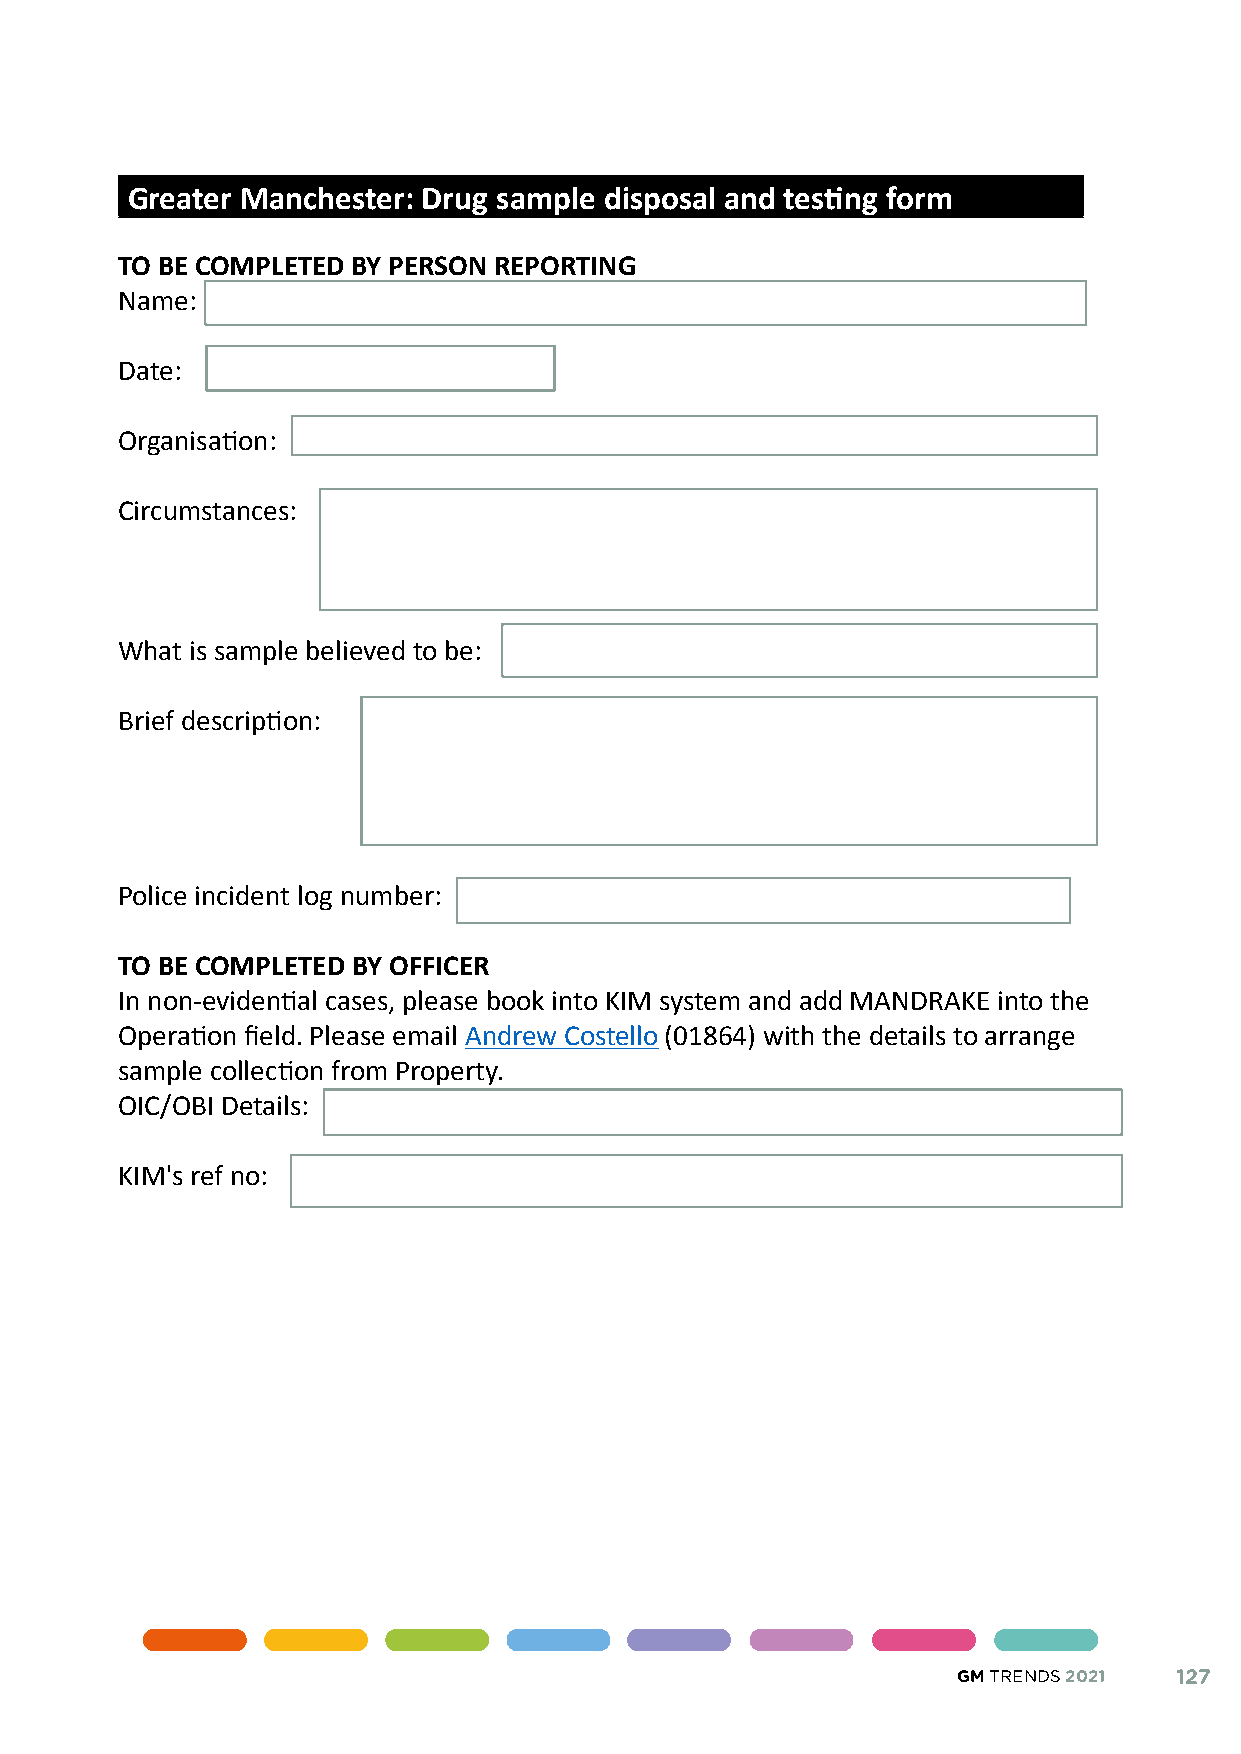
Greater Manchester: Drug sample disposal and testing form
 TO BE COMPLETED BY PERSON REPORTING
 Name:
 Date:
 Organisation:
 Circumstances:
 What is sample believed to be:
 Brief description:
 Police incident log number:
 TO BE COMPLETED BY OFFICER
 In non-evidential cases, please book into KIM system and add MANDRAKE into the
 Operation field. Please email Andrew Costello (01864) with the details to arrange
 sample collection from Property.
 OIC/OBI Details:
 KIM's ref no:
 GM TRENDS 2021 127